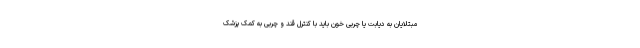
مبتلایان به دیابت یا چربی خون باید با کنترل قند و چربی به کمک پزشک